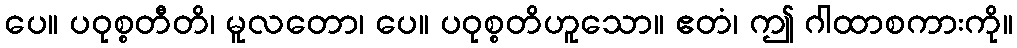
ပေ။ ပဝုစ္စတီတိ၊ မူလတော၊ ပေ။ ပဝုစ္စတိဟူသော။ ဧတံ၊ ဤ ဂါထာစကားကို။